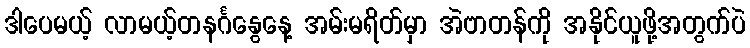
ဒါပေမယ့် လာမယ့်တနင်္ဂနွေနေ့ အမ်းမရိတ်မှာ အဲဗာတန်ကို အနိုင်ယူဖို့အတွက်ပဲ